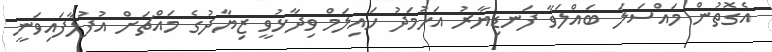
އެގޮތުން މައްސަލަަ ބައްލަވާ ފަނޑިޔާރު އަހުމަދު ހައިލަމް ވިދާޅުވީ ޒިޔާދުގެ މައްޗަށް އުފުލާފައިވަނީ